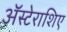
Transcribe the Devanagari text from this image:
अॅस्टेराशिए